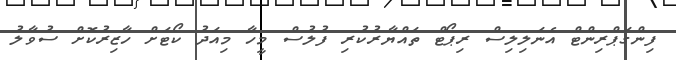
ފިންގަޕްރިންޓް އެނަލިލިސް ރިޕޯޓް ތައްޔާރުކުރި ފުލުސް މީހާ މިއަދު ކޯޓަށް ހާޒިރުކޮށް ސުވާލު